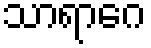
သာရာဂေ